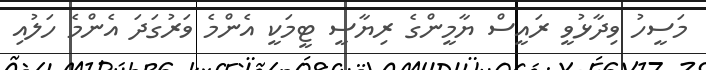
މަސީހު ވިދާޅުވީ ރައީސް ޔާމީންގެ ރިޔާސީ ޓީމަކީ އެންމެ ވަރުގަދަ އެންމެ ހަލުއި